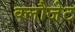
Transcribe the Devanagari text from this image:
क्लौजेट